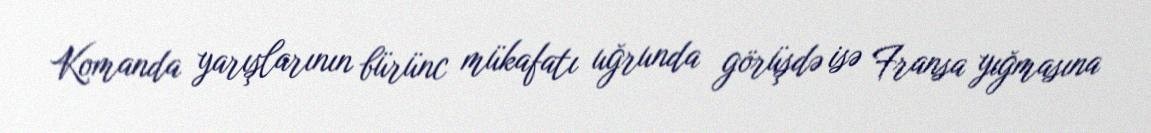
Komanda yarışlarının bürünc mükafatı uğrunda görüşdə isə Fransa yığmasına